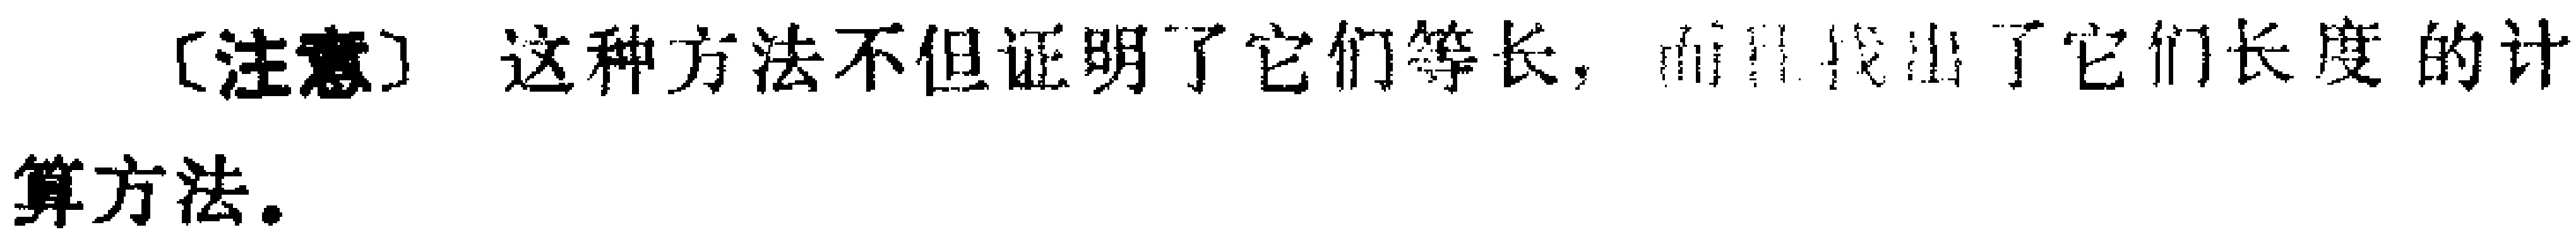
[注意] 这种方法不但证明了它们等长，而且找出了它们长度的计算方法。